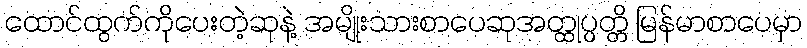
ထောင်ထွက်ကိုပေးတဲ့ဆုနဲ့ အမျိုးသားစာပေဆုအတ္ထုပ္ပတ္တိ မြန်မာစာပေမှာ